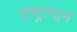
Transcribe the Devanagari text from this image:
राष्ट्रागान